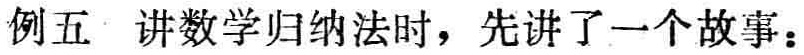
例五 讲数学归纳法时，先讲了一个故事：